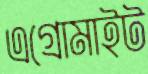
এগ্রোমাইট